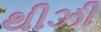
થીઝી